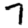
Digit: 7